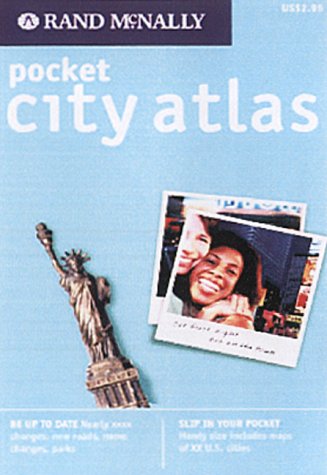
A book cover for The City Atlas (Atlases - USA/Canada/Mexico); Travel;